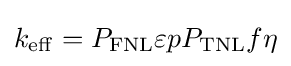
k_{\mathrm {eff} }=P_{\mathrm {FNL} }\varepsilon pP_{\mathrm {TNL} }f\eta